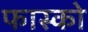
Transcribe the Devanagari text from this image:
फास्को